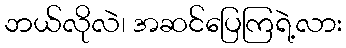
ဘယ်လိုလဲ၊ အဆင်ပြေကြရဲ့လား